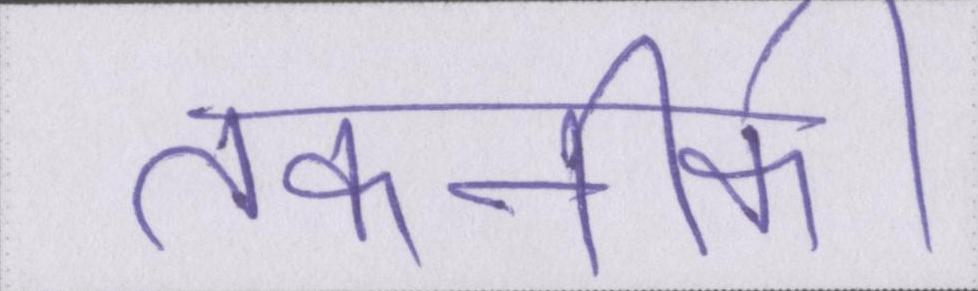
तकनीकी